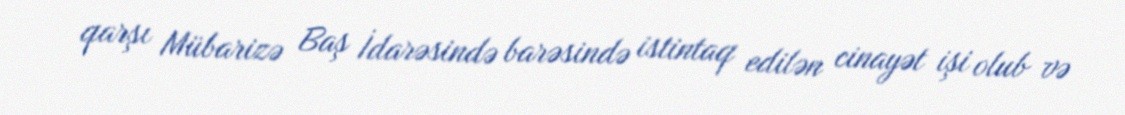
qarşı Mübarizə Baş İdarəsində barəsində istintaq edilən cinayət işi olub və